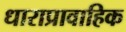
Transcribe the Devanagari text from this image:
धाराप्रावाहिक